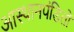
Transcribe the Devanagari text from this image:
आस्थानपंडितों